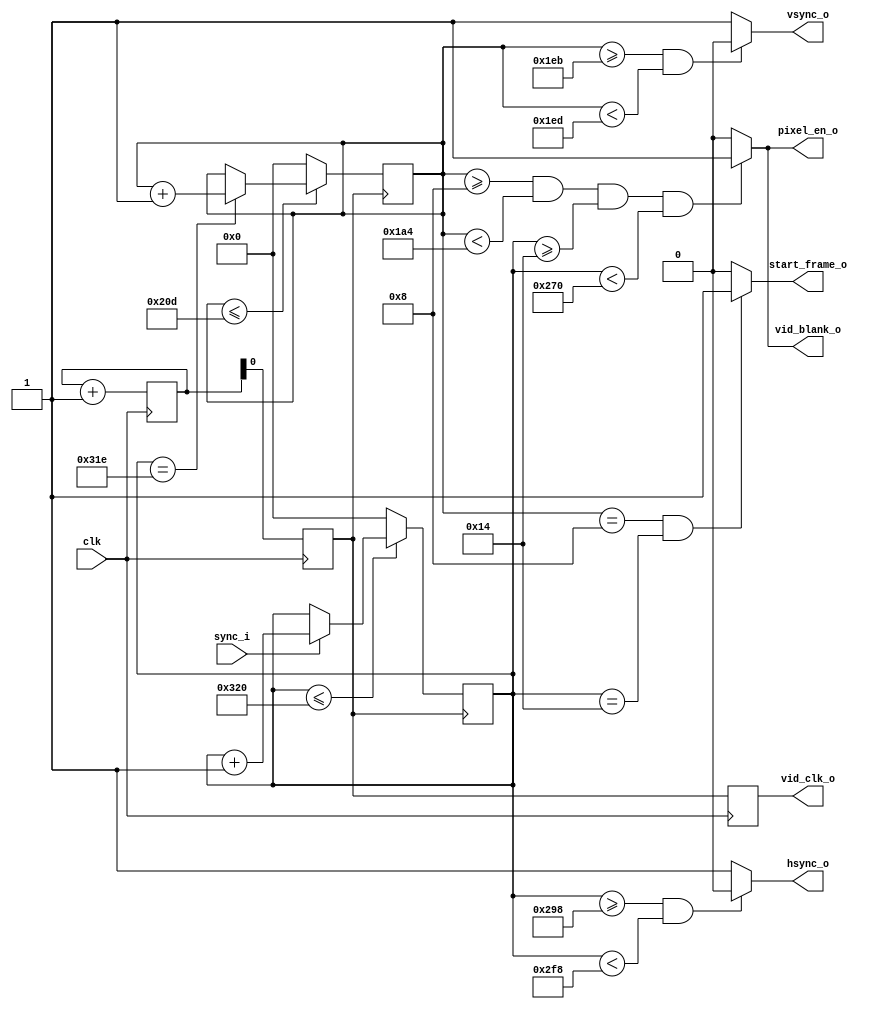
//! VGA DAC ADV7123 signals generator

module monitor (

        clk			,
        start_frame_o,
        vid_clk_o,
        vsync_o,
        hsync_o,
        vid_blank_o,
        pixel_en_o,
        sync_i
    );
    // signal directions

    input 		clk;  //! 50 Mhz clock
    input 		sync_i;  //! wait until sync
    output start_frame_o;
    output reg vid_clk_o = 0;
    output vsync_o;
    output hsync_o;
    output vid_blank_o;
    output pixel_en_o;

    // internal counters

    reg[10:0]	contvidv = 0; // vertical counter
    reg[10:0]	contvidh = 0; // horizontal counter
    reg[4:0]	clkcount = 0; // clock divider

    //    control values 

    reg 			vid_clk=0;

    wire			vsync = ((contvidv >= 491) && (contvidv < 493))? 1'b0 : 1'b1;
    wire			hsync = ((contvidh >= 664) && (contvidh < 760))? 1'b0 : 1'b1;
    wire			vid_blank = ((contvidv >= 8) && (contvidv <  420) && (contvidh >= 20) && (contvidh < 624))? 1'b1 : 1'b0;
    wire			clrvidh = (contvidh <= 800) ? 1'b0 : 1'b1;
    wire  	    	clrvidv = (contvidv <= 525) ? 1'b0 : 1'b1;
    wire            pixel_ena = vid_blank;   // active image region
    wire            start_frame = ((contvidv==8) && (contvidh==20))? 1'b1 : 1'b0;    // first pixel

    // general clock divider
    always @ (posedge clk )

    begin

        clkcount <= clkcount + 1;
        vid_clk <= clkcount[0];  //  25 Mhz clock
        vid_clk_o <= vid_clk;
    end

    // horizontal counter
    always @ (posedge vid_clk )

    begin

        if(clrvidh)
        begin
            contvidh <= 0;
        end

        else if (sync_i)
        begin
            contvidh <= contvidh + 1;
        end
    end

    // vertical counter when clrvidv is low
    always @ (posedge vid_clk)

    begin

        if (clrvidv)
        begin
            contvidv <= 0;
        end

        else
        begin
            if
            (contvidh == 798)
            begin
                contvidv <= contvidv + 1;
            end
        end
    end

    assign vsync_o = vsync;
    assign hsync_o = hsync;
    assign vid_blank_o = vid_blank;
    assign pixel_en_o = pixel_ena;
    assign start_frame_o = start_frame;

endmodule